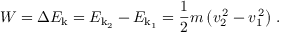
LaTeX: W = \Delta E _ { \mathrm { k } } = E _ { \mathrm { k _ { 2 } } } - E _ { \mathrm { k _ { 1 } } } = { \frac { 1 } { 2 } } m \left( v _ { 2 } ^ { \, 2 } - v _ { 1 } ^ { \, 2 } \right) \, .